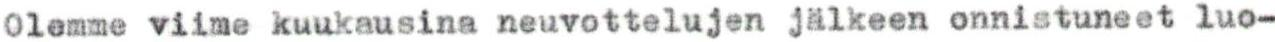
Olemme viime kuukausina neuvottelujen jälkeen onnistuneet luo-